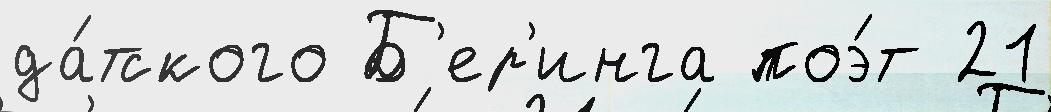
да́тского Б'ер'инга поэ́т 21